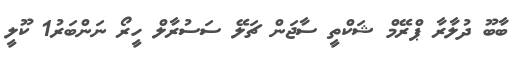
ބާބޫ ދުލާރާ ޕްރޭމް ޝަކްތީ ސާޖަން ޗަލޭ ސަސުރާލް ހީރޯ ނަންބަރު1 ކޫލީ